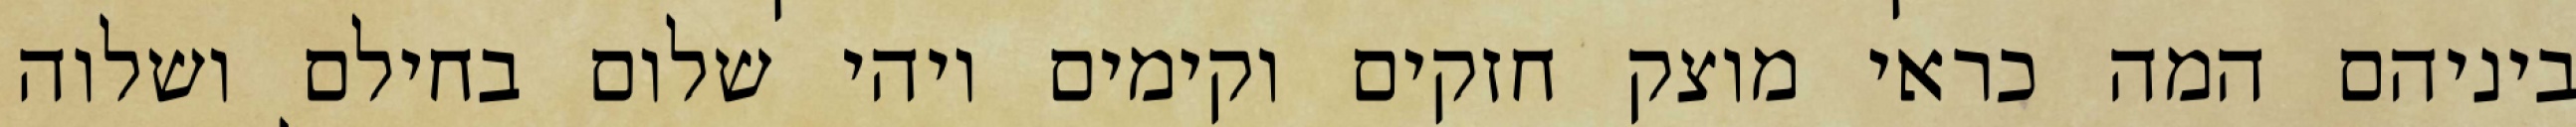
ביניהם המה כראי מוצק חזקים וקימים ויהי שלום בחילם ושלוה